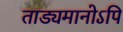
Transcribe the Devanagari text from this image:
ताड्यमानोऽपि